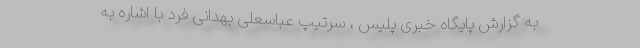
به گزارش پایگاه خبری پلیس ، سرتیپ عباسعلی بهدانی فرد با اشاره به